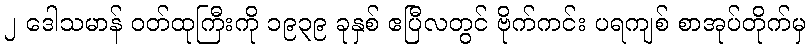
၂ ဒေါသမာန် ဝတ်ထုကြီးကို ၁၉၃၉ ခုနှစ် ဧပြီလတွင် ဗိုက်ကင်း ပရကျစ် စာအုပ်တိုက်မှ